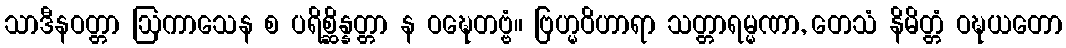
သာဒီနဝတ္တာ ဩကာသေန စ ပရိစ္ဆိန္နတ္တာ န ဝဍ္ဎေတဗ္ဗံ။ ဗြဟ္မဝိဟာရာ သတ္တာရမ္မဏာ, တေသံ နိမိတ္တံ ဝဍ္ဎယတော